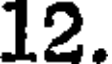
12.